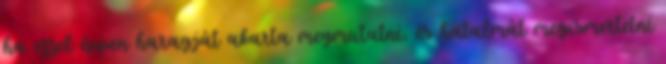
ha ezzel éppen haragját akarta megmutatni, és hatalmát megismertetni